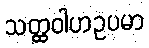
သတ္ထဝါဟဥပမာ